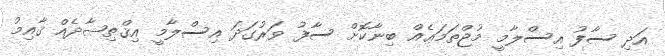
އަދި ސާފު އިސްލާމީ މުޖްތަމަޢެއް ބިނާކޮށް ސާފު ވަރުގަދަ އިސްލާމީ އިޤްތިޞާދެއް ޤާއިމު